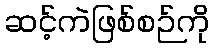
ဆင့်ကဲဖြစ်စဉ်ကို